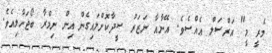
މެރީ މީ" އަރްސަލް އެއްސެވެ. އޭނާއާ ނަޒަރު ސީދާކޮށްލައިގެން އިން ނިމްރާ ބޯޖަހާލިއެވެ.